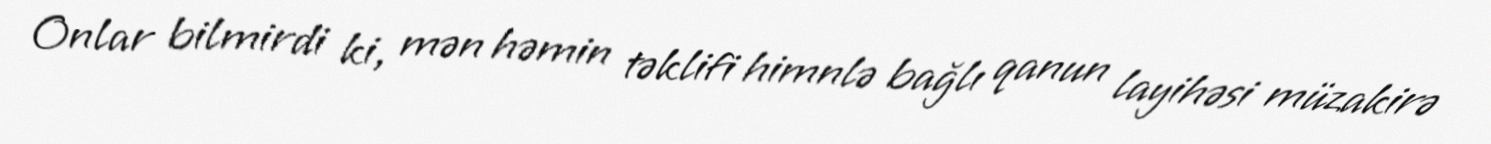
Onlar bilmirdi ki, mən həmin təklifi himnlə bağlı qanun layihəsi müzakirə